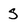
Character: S